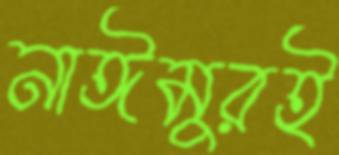
নাঈমুরই